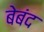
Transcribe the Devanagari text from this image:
बेबंद